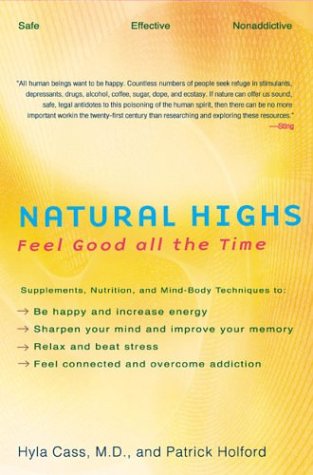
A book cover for Natural Highs: Supplements, Nutrition, and Mind-Body Techniques to Help You Feel Good All the Time; Hyla Cass; Health, Fitness & Dieting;